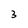
Character: 3